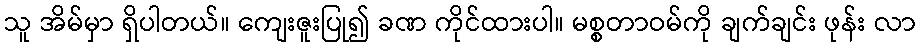
သူ အိမ်မှာ ရှိပါတယ်။ ကျေးဇူးပြု၍ ခဏ ကိုင်ထားပါ။ မစ္စတာဝမ်ကို ချက်ချင်း ဖုန်း လာ